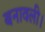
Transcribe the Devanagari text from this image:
बनावली।